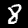
Label: 8